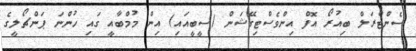
ސެންޓްރަލް ބިއުރޯ އޮފް އިންވެސްޓިގޭޝަން (ސީބީއައި) އިން މުމްބާއީ ގައި ހުންނަ ޕަންޗޯލީގެ